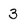
Character: 3